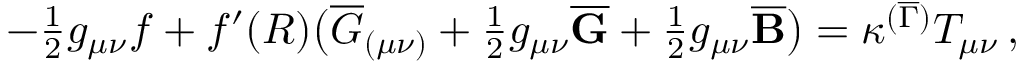
\begin{array} { r } { - \frac { 1 } { 2 } g _ { \mu \nu } f + f ^ { \prime } ( R ) \bigl ( \overline { { G } } _ { ( \mu \nu ) } + \frac { 1 } { 2 } g _ { \mu \nu } \overline { { \mathbf { G } } } + \frac { 1 } { 2 } g _ { \mu \nu } \overline { { \mathbf { B } } } \bigr ) = \kappa ^ { ( \overline { { \Gamma } } ) } T _ { \mu \nu } \, , } \end{array}